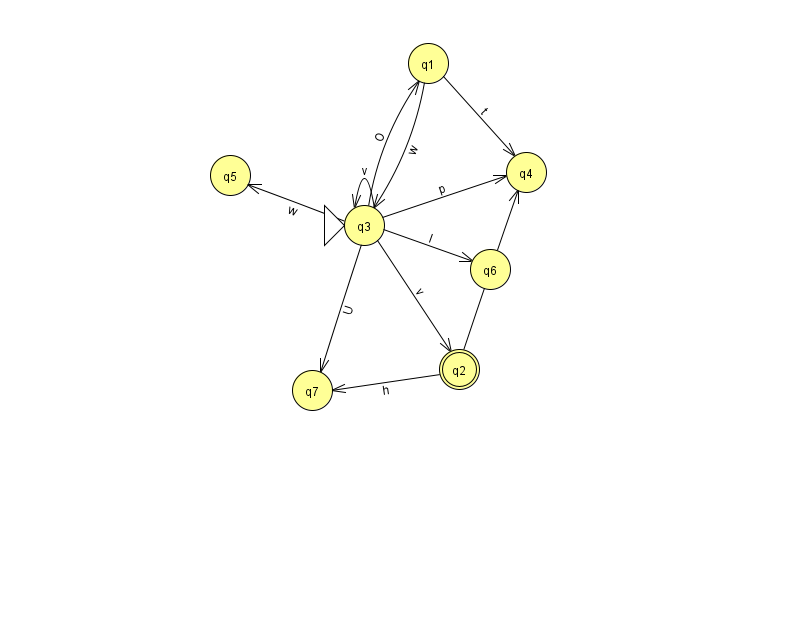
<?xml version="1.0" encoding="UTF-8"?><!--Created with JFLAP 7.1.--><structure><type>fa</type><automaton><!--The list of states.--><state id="1" name="q1"><x>428.0</x><y>50.0</y></state><state id="2" name="q2"><x>459.0</x><y>356.0</y><final/></state><state id="3" name="q3"><x>364.0</x><y>212.0</y><initial/></state><state id="4" name="q4"><x>526.0</x><y>159.0</y></state><state id="5" name="q5"><x>230.0</x><y>162.0</y></state><state id="6" name="q6"><x>490.0</x><y>256.0</y></state><state id="7" name="q7"><x>312.0</x><y>377.0</y></state><!--The list of transitions.--><transition><from>3</from><to>4</to><read>p</read></transition><transition><from>3</from><to>7</to><read>U</read></transition><transition><from>1</from><to>4</to><read>t</read></transition><transition><from>2</from><to>7</to><read>h</read></transition><transition><from>3</from><to>3</to><read>v</read></transition><transition><from>1</from><to>3</to><read>w</read></transition><transition><from>2</from><to>4</to><read>R</read></transition><transition><from>3</from><to>6</to><read>I</read></transition><transition><from>3</from><to>1</to><read>O</read></transition><transition><from>3</from><to>2</to><read>v</read></transition><transition><from>3</from><to>5</to><read>w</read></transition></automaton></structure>